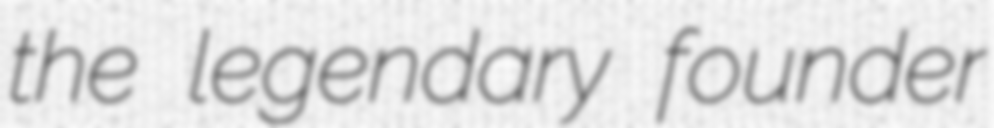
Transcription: the legendary founder